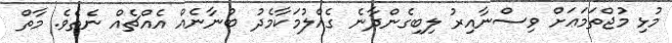
މުޅި މުޖްތަމަޢަށް ވިސްނާއިރު ލިބިގެންދާނެ ގެއްލުމަކާމެދު ބުނާނެއް އެއްޗެއް ނެތެވެ. މާތް